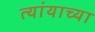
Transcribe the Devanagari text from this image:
त्यांयाच्या